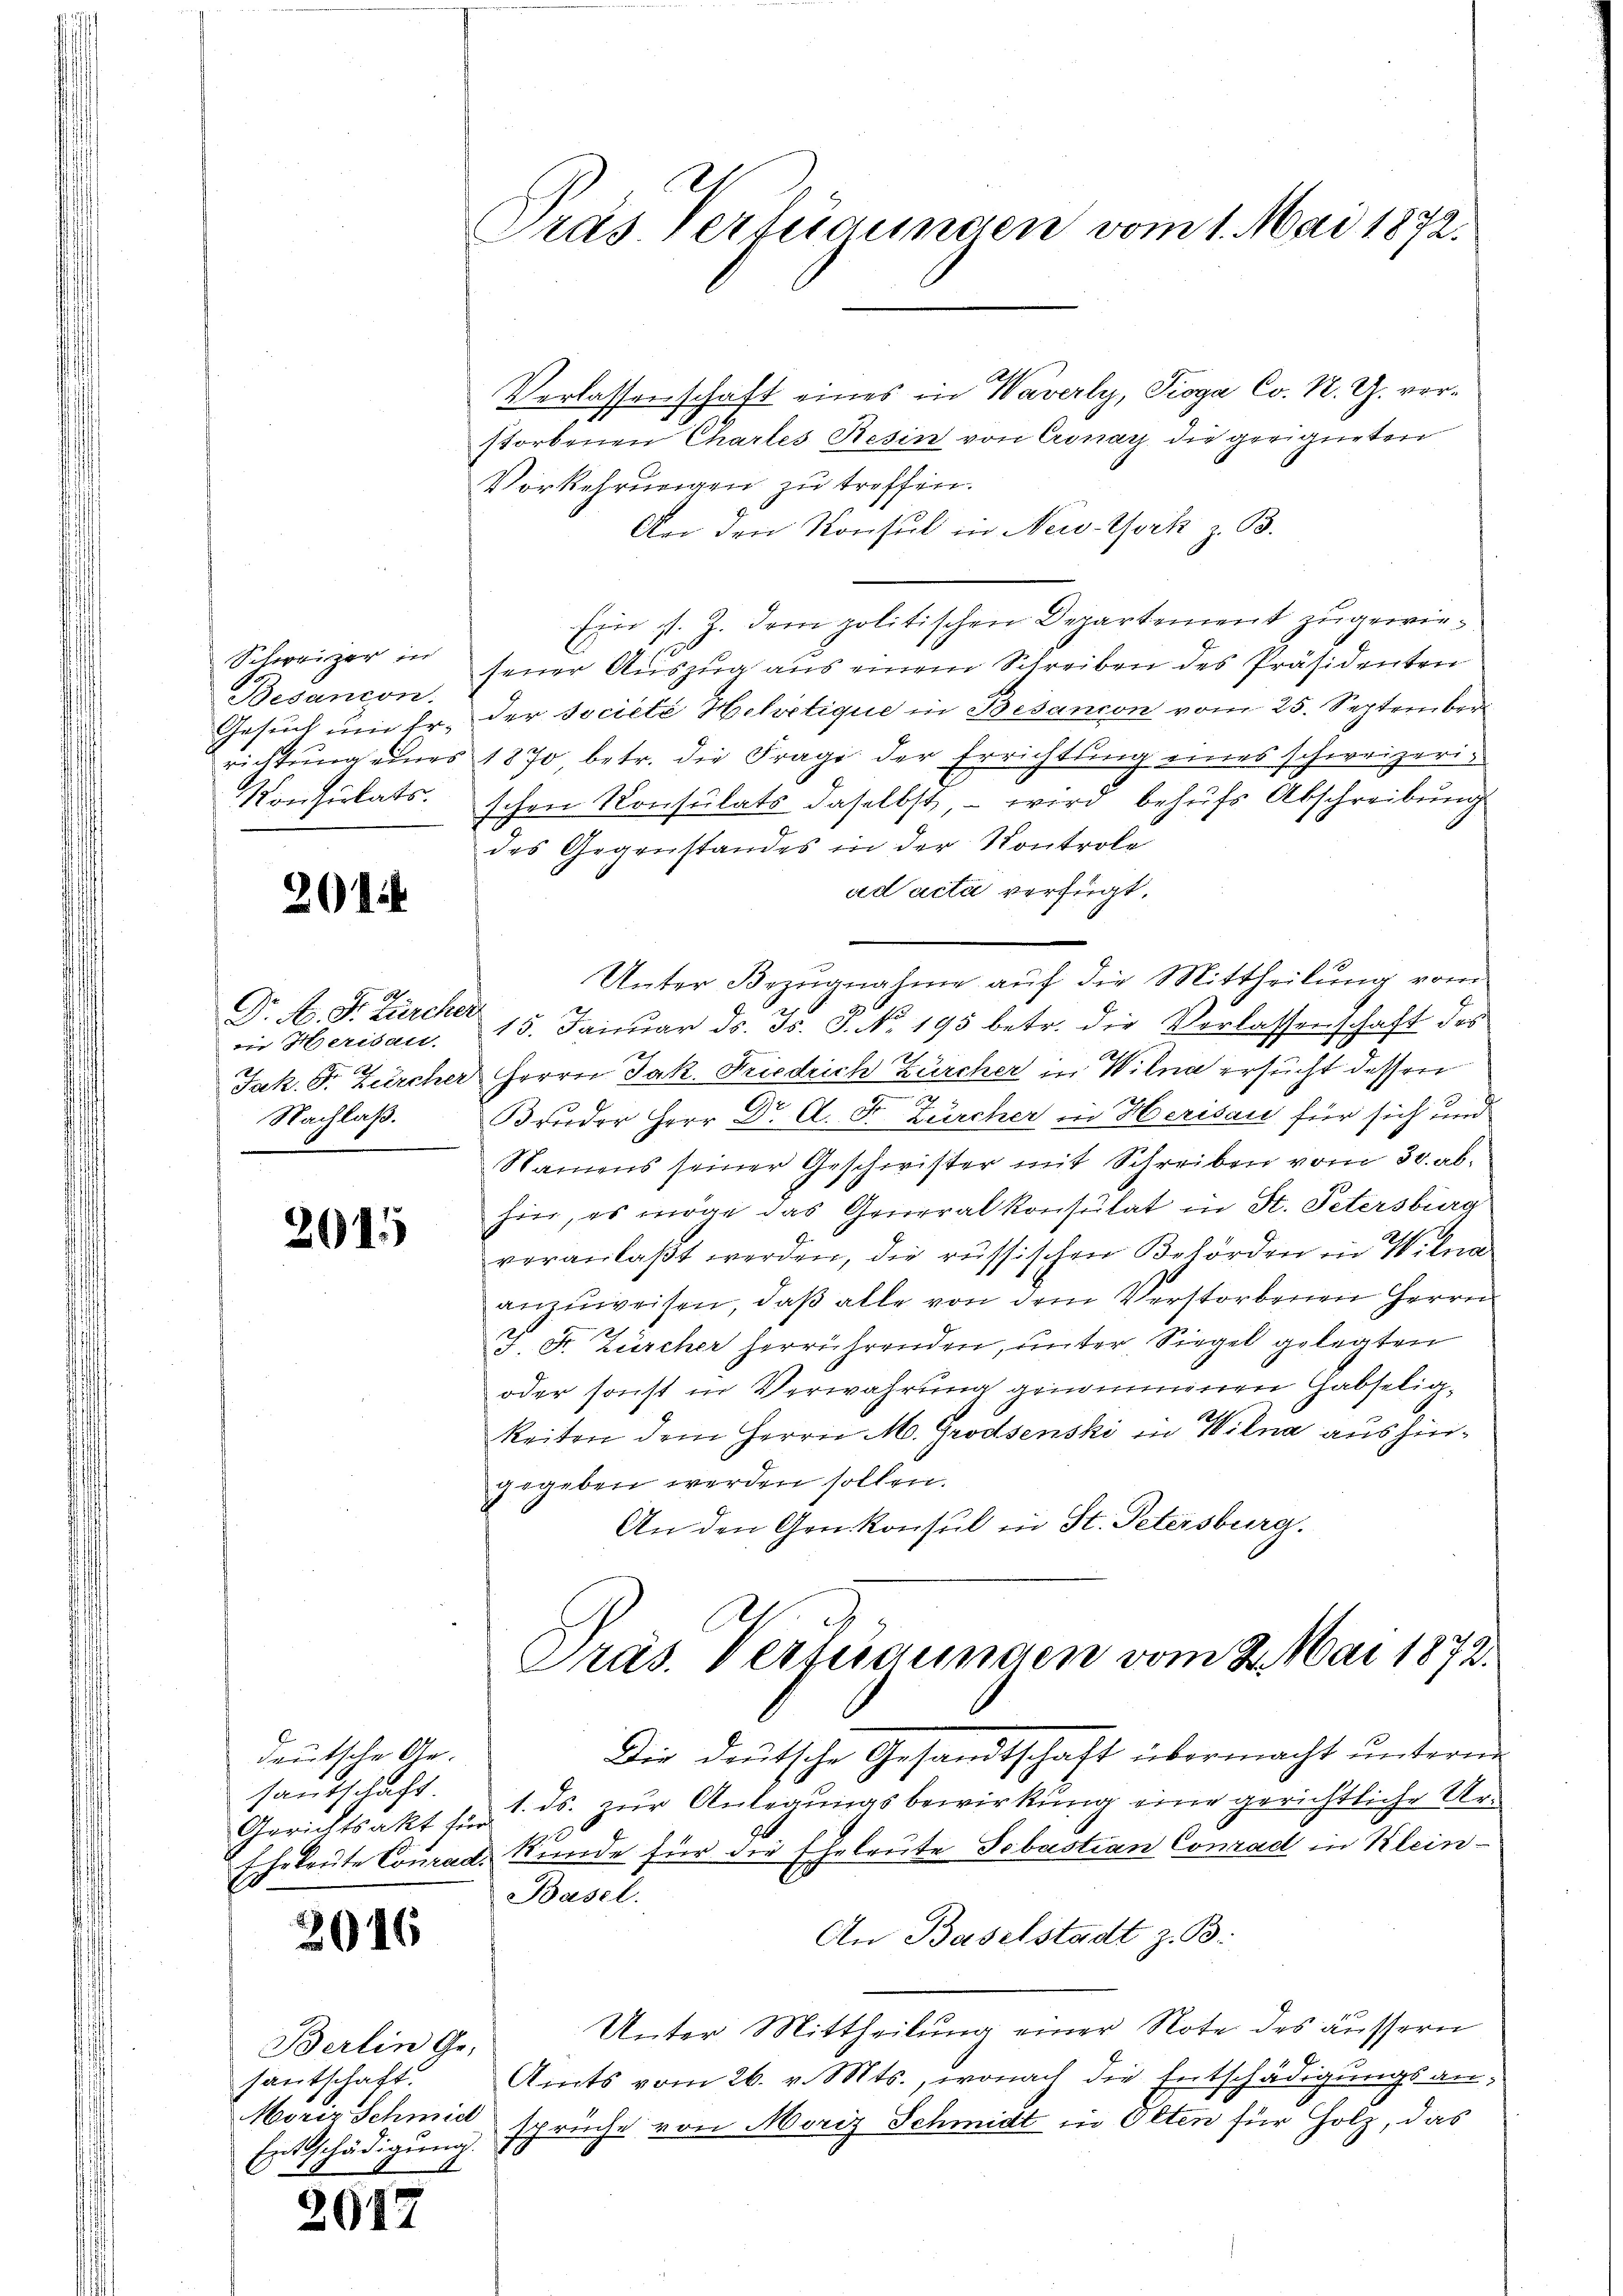
Schweizer in
Besandon.
Gesuch um Er-
Konsulats.

201

Dr. A. S. Zürcher
 Heridau
Nachlaß.

2015

deutsche Gesantschaft.
Gerichtsakt für

2016

Berlin Ge-
santschaft
Moriz Schmidt
t

2012

Präs. Verfügungen vom 1. Mai 1872.

Verlassenschaft eines in Waverly, Troga Co. N. Z. verstorbenen Chartes Resin von Cronay, die geeigneten
Vorkehrungen zu treffen.
An den Konsul in New-York z. B.
Ein ist. Z. dem politischen Departement zugewiesener Aŭszŭg aŭs einem Schreiben des Präsidenten
der Societe Helvetique in Besancon vom 25. September
richtung eines 1870 betr. die Frage der Errichtung eines schweizerischen Konsulats daselbst, – wird behufs Abschreibung
des Gegenstandes in der Kontrole
ad acta verfügt:
15. Januar d. Js. S. No. 195 betr. die Verlassenschaft des
Jak. Gr. Zürcher Herrn Jak. Friedrich Zürcher in Wilna ersucht dessen
7
E
Bruder Herr Dr. A. S. Zürcher in Herisau für sich und
Namens seiner Geschwister mit Schreiben vom 30. abhier, es möge das Generalkonsulat in St. Petersburg
veranlaßt werden, die russischen Behörden in Wilna
anzuweisen, daß alle von dem Verstorbenen Herrn
J. F. Zürcher herrührenden, unter Siegel gelegten
oder sonst in Verwahrung genommenen Habseligkeiten dem Herrn M. Grodsenski in Wilna aushingegeben werden sollen.
An den Genkonsul in St. Petersburg.
A

Unter Bezugnahme auf die Mittheilung vom

Präs. Verfügungen vom 2. Mai 1872.

Die deutsche Gesandtschaft übermacht untern
1. ds. zur Anlegungsbewirkung eine gerichtliche Ur¬
E
Eheleute Conrad Kunde für die Eheleute Sebastian Conrad in Klein¬
Basel.
An Baselstadt z. B.
Unter Mittheilung einer Note des äussern
Amts vom 26. v. Mts., wonach die Entschädigungsan¬
Entschädigung sprüche von Moriz Schmidt in Olten für Holz, das